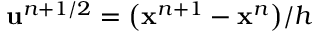
\mathbf { u } ^ { n + 1 / 2 } = \bigl ( \mathbf { x } ^ { n + 1 } - \mathbf { x } ^ { n } \bigr ) / h